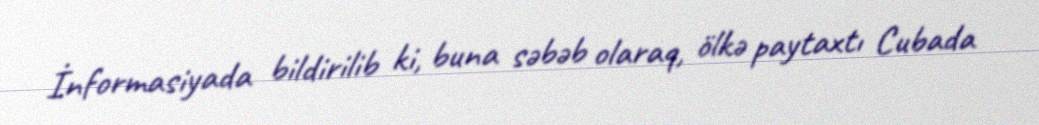
İnformasiyada bildirilib ki, buna səbəb olaraq, ölkə paytaxtı Cubada